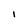
Character: I